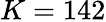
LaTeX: K=142